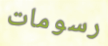
رسومات